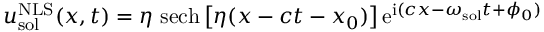
u _ { \mathrm { s o l } } ^ { \mathrm { N L S } } ( x , t ) = \eta \ \mathrm { s e c h } \left[ \eta ( x - c t - x _ { 0 } ) \right] \mathrm { e } ^ { \mathrm { i } ( c x - \omega _ { \mathrm { s o l } } t + \phi _ { 0 } ) }